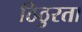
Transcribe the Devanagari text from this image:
ठिठुरता